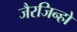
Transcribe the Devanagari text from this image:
जैरजिन्हो